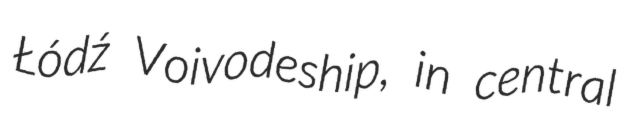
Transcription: Łódź Voivodeship, in central